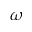
\omega